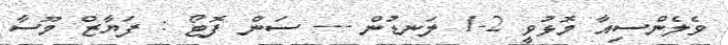
ވެލެންސިއާ މޮޅުވީ 2-1 ލަނޑުން --- ސަން ފޮޓޯ : ފަޔާޒް މޫސާ